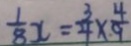
\frac { 1 } { 8 } x = \frac { 3 } { 4 } \times \frac { 4 } { 9 }